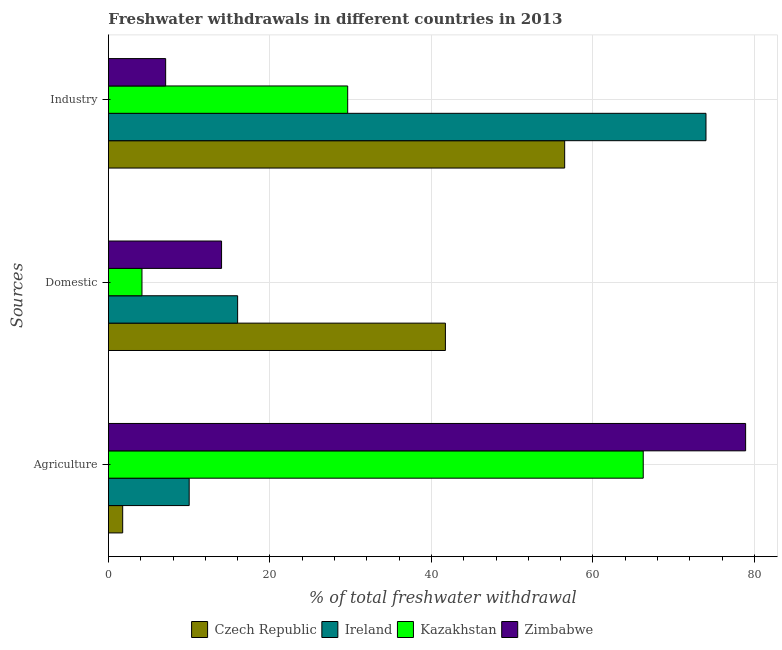
| Sources | Czech Republic | Ireland | Kazakhstan | Zimbabwe |
 | --- | --- | --- | --- | --- |
 | Agriculture | 1.77 | 10 | 66.2 | 78.9 |
 | Domestic | 41.7 | 16 | 4.15 | 14 |
 | Industry | 56.5 | 74 | 29.6 | 7.09 |